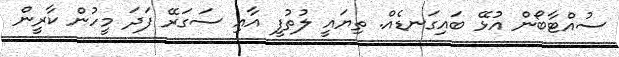
ސުއްޓާބޯން އުޅޭ ބައިގަނޑެއް. ތިޔައީ ލުތުފީ އާއި ސަގަރޭ ފަދަ މީހުން ކާރީން